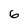
Character: 6